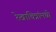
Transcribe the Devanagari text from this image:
रेखाचित्रांमध्ये